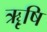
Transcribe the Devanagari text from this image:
ॠृषि